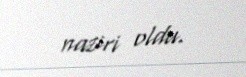
naziri oldu.